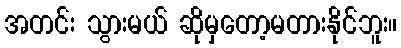
အတင်း သွားမယ် ဆိုမှတော့မတားနိုင်ဘူး။